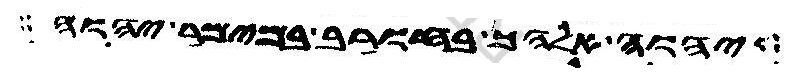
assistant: יהוה אלהך בחורב במימר יהוה